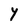
Character: Y